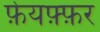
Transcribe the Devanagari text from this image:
फ़ेयफ़्फ़र